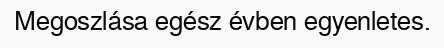
Megoszlása egész évben egyenletes.